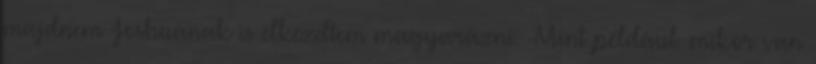
majdnem Joshuának is elkezdtem magyarázni. -Mint például. mikor van